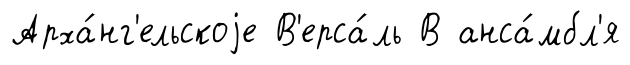
Арха́нг'ельскоjе В'ерса́ль В анса́мбл'я